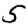
Digit: 5